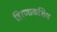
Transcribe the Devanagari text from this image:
हिरणाकशिप